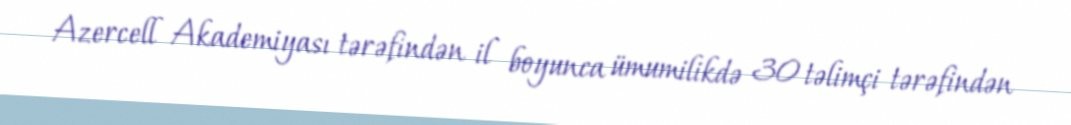
Azercell Akademiyası tərəfindən il boyunca ümumilikdə 30 təlimçi tərəfindən